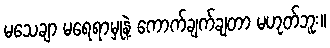
မသေချာ မရေရာမှုနဲ့ ကောက်ချက်ချတာ မဟုတ်ဘူး။